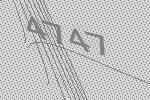
4747